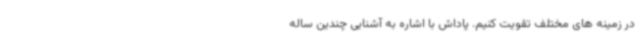
در زمینه های مختلف تقویت کنیم. پاداش با اشاره به آشنایی چندین ساله